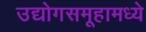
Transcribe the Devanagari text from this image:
उद्योगसमूहामध्ये